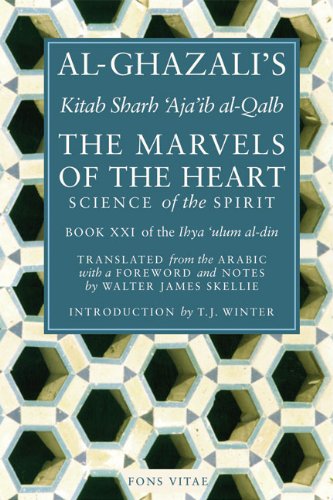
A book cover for The Marvels of the Heart: Science of the Spirit (Ihya Ulum Al-Din/ the Revival of the Religious Sciences); Al-Ghazali; Religion & Spirituality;